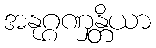
အနုဂ္ဂဏှန္တိယာ